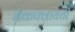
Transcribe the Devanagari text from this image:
मॅकफ्लायची